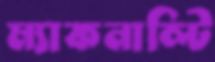
ম্যাকনাল্টি